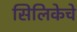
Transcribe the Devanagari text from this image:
सिलिकेचे